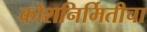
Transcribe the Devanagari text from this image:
कोशनिर्मितीचा